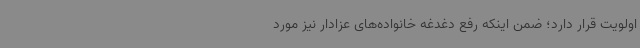
اولویت قرار دارد؛ ضمن اینکه رفع دغدغه خانواده‌های عزادار نیز مورد